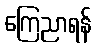
ကြေညာရန်